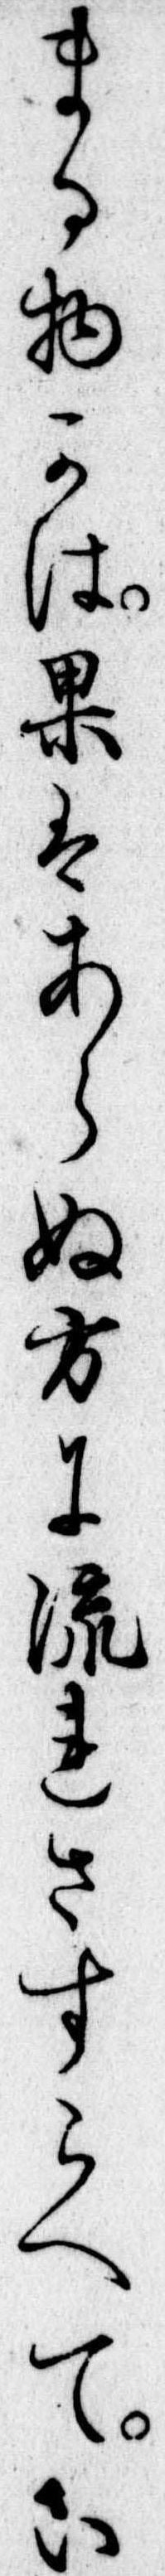
まる物かは果はあらぬ方に流れさすらへてい